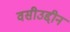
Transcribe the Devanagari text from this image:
वसीउद्दीन